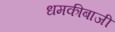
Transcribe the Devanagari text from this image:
धमकीबाजी